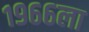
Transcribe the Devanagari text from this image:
१९६६ला